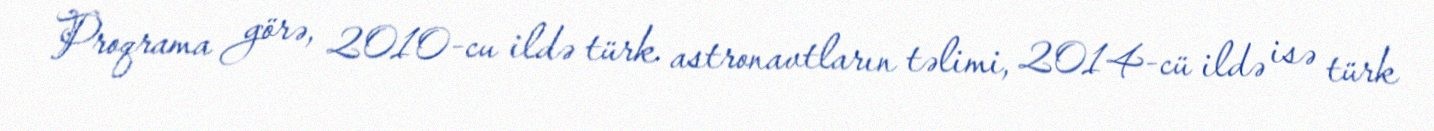
Proqrama görə, 2010-cu ildə türk astronavtların təlimi, 2014-cü ildə isə türk